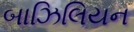
બાઝિલિયન